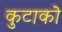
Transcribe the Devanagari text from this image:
कुटाको